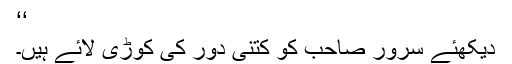
‘‘
دیکھئے سرور صاحب کو کتنی دور کی کوڑی لائے ہیں۔